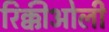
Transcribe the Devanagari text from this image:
रिक्कीओली